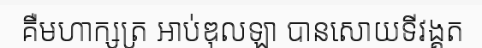
គឺមហាក្សត្រ អាប់ឌុលឡា បានសោយទីវង្គត